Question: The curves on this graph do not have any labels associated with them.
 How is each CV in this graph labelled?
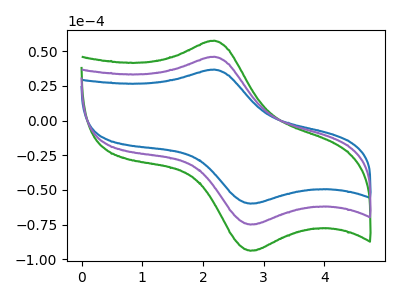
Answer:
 <answer>The blue curve does not have a label. The green curve does not have a label. The purple curve does not have a label.</answer>
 <eval></eval>